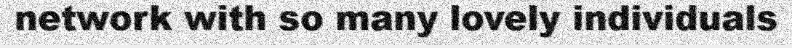
network with so many lovely individuals